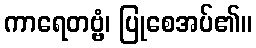
ကာရေတဗ္ဗံ၊ ပြုစေအပ်၏။